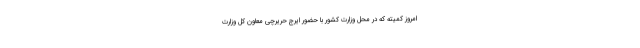
امروز کمیته که در محل وزارت کشور با حضور ایرج حریرچی معاون کل وزارت